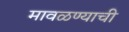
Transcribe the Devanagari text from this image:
मावळण्याची